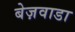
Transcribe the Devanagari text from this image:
बेज़वाडा